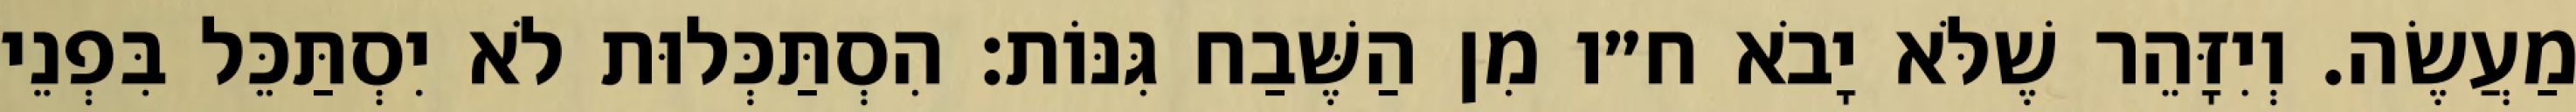
מַעֲשֶׂה. וְיִזָּהֵר שֶׁלֹּא יָבֹא ח״ו מִן הַשֶּׁבַח גִּנּוֹת: הִסְתַּכְּלוּת לֹא יִסְתַּכֵּל בִּפְנֵי